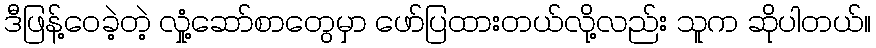
ဒီဖြန့်ဝေခဲ့တဲ့ လှုံ့ဆော်စာတွေမှာ ဖော်ပြထားတယ်လို့လည်း သူက ဆိုပါတယ်။